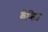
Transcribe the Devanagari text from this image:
कॅप्सिड